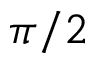
\pi / 2